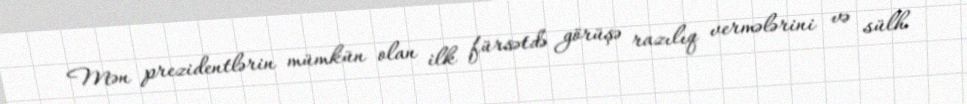
Mən prezidentlərin mümkün olan ilk fürsətdə görüşə razılıq vermələrini və sülh